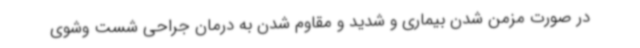
در صورت مزمن شدن بیماری و شدید و مقاوم شدن به درمان جراحی شست وشوی